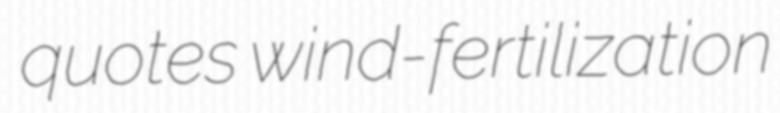
quotes wind-fertilization